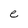
Character: e